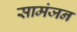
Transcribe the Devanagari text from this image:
सामंजन